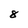
Character: 8